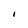
Character: l